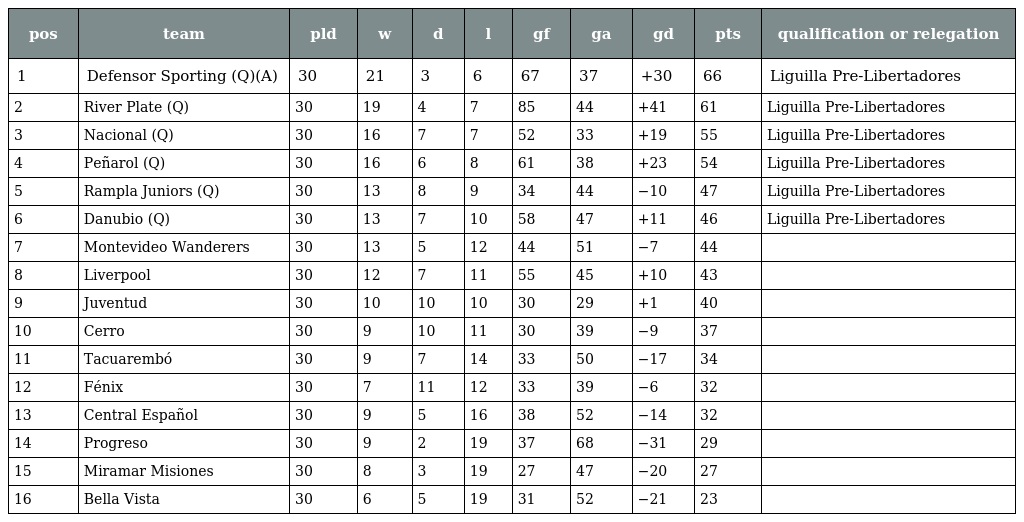
| pos | team | pld | w | d | l | gf | ga | gd | pts | qualification or relegation |
 | --- | --- | --- | --- | --- | --- | --- | --- | --- | --- | --- |
 | 1 | Defensor Sporting (Q)(A) | 30 | 21 | 3 | 6 | 67 | 37 | +30 | 66 | Liguilla Pre-Libertadores |
 | 2 | River Plate (Q) | 30 | 19 | 4 | 7 | 85 | 44 | +41 | 61 | Liguilla Pre-Libertadores |
 | 3 | Nacional (Q) | 30 | 16 | 7 | 7 | 52 | 33 | +19 | 55 | Liguilla Pre-Libertadores |
 | 4 | Peñarol (Q) | 30 | 16 | 6 | 8 | 61 | 38 | +23 | 54 | Liguilla Pre-Libertadores |
 | 5 | Rampla Juniors (Q) | 30 | 13 | 8 | 9 | 34 | 44 | −10 | 47 | Liguilla Pre-Libertadores |
 | 6 | Danubio (Q) | 30 | 13 | 7 | 10 | 58 | 47 | +11 | 46 | Liguilla Pre-Libertadores |
 | 7 | Montevideo Wanderers | 30 | 13 | 5 | 12 | 44 | 51 | −7 | 44 |  |
 | 8 | Liverpool | 30 | 12 | 7 | 11 | 55 | 45 | +10 | 43 |  |
 | 9 | Juventud | 30 | 10 | 10 | 10 | 30 | 29 | +1 | 40 |  |
 | 10 | Cerro | 30 | 9 | 10 | 11 | 30 | 39 | −9 | 37 |  |
 | 11 | Tacuarembó | 30 | 9 | 7 | 14 | 33 | 50 | −17 | 34 |  |
 | 12 | Fénix | 30 | 7 | 11 | 12 | 33 | 39 | −6 | 32 |  |
 | 13 | Central Español | 30 | 9 | 5 | 16 | 38 | 52 | −14 | 32 |  |
 | 14 | Progreso | 30 | 9 | 2 | 19 | 37 | 68 | −31 | 29 |  |
 | 15 | Miramar Misiones | 30 | 8 | 3 | 19 | 27 | 47 | −20 | 27 |  |
 | 16 | Bella Vista | 30 | 6 | 5 | 19 | 31 | 52 | −21 | 23 |  |